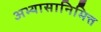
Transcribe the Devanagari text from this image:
अभ्यासानिमित्त